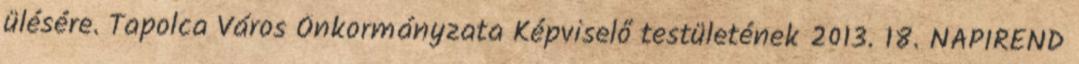
ülésére. Tapolca Város Önkormányzata Képviselő testületének 2013. 18. NAPIREND